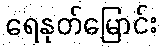
ရေနုတ်မြောင်း